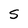
Character: S